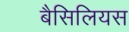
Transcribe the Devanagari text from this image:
बैसिलियस